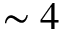
\sim 4